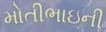
મોતીભાઇની